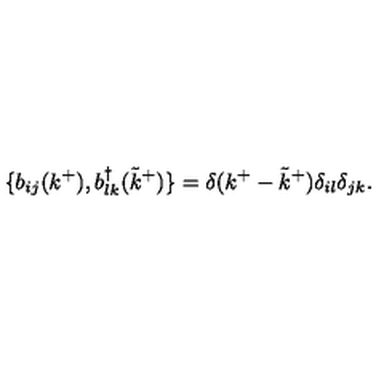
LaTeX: \{ b _ { i j } ( k ^ { + } ) , b _ { l k } ^ { \dagger } ( { \tilde { k } } ^ { + } ) \} = \delta ( k ^ { + } - { \tilde { k } } ^ { + } ) \delta _ { i l } \delta _ { j k } .